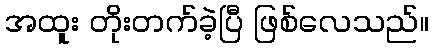
အထူး တိုးတက်ခဲ့ပြီ ဖြစ်လေသည်။